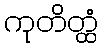
ကုတိတ္ထံ